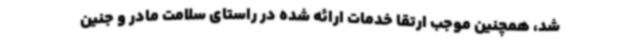
شد، همچنین موجب ارتقا خدمات ارائه شده در راستای سلامت مادر و جنین